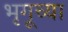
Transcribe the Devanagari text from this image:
भृगूच्या